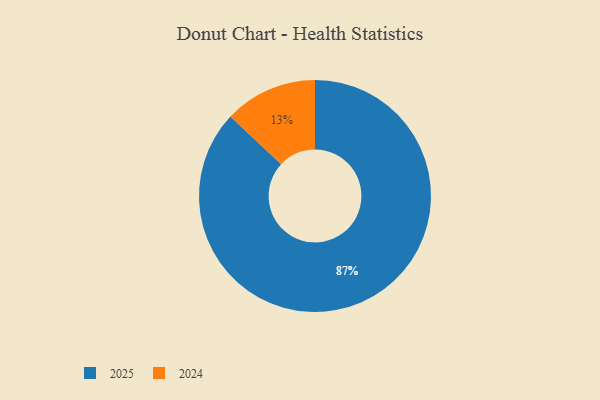
{"axis": {"x": "Category", "y": "Percentage"}, "legend": ["2024", "2025"], "data": [{"x": "2025", "y": 87, "type": "2025"}, {"x": "2024", "y": 13, "type": "2024"}]}